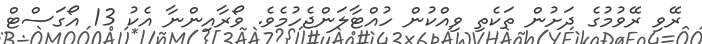
ރޭވި ރޭވުމުގެ ދަށުން ތަކެތި ވިއްކުން ހުއްޓާލަންޖެހުމެވެ. ވޯރާއިންނާ އެކު 13 އޯގަސްޓް